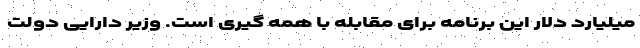
میلیارد دلار این برنامه برای مقابله با همه گیری است. وزیر دارایی دولت